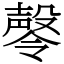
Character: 㲆